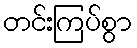
တင်းကြပ်စွာ